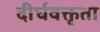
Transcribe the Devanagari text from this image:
दीर्घवक्तृता